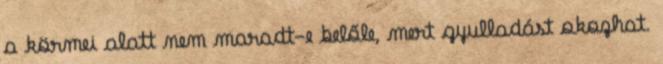
a körmei alatt nem maradt-e belőle, mert gyulladást okozhat.